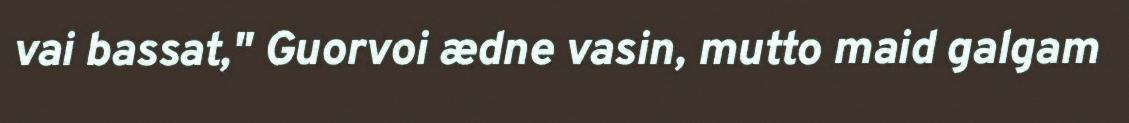
vai bassat," Guorvoi ædne vasin, mutto maid galgam